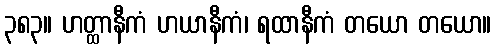
၃၈၃။ ဟတ္ထာနီကံ ဟယာနီကံ၊ ရထာနီကံ တယော တယော။